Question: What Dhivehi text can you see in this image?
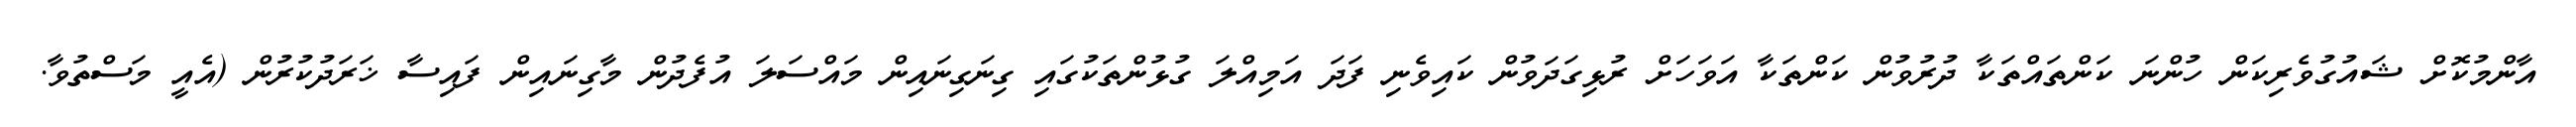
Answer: އާންމުކޮށް ޝައުގުވެރިކަން ހުންނަ ކަންތައްތަކާ ދުރުވުން ކަންތަކާ އަވަހަށް ރުޅިގަދަވުން ކައިވެނި ފަދަ އަމިއްލަ ގުޅުންތަކުގައި ގިނަގިނައިން މައްސަލަ އުފެދުން މާގިނައިން ފައިސާ ޚަރަދުކުރުން (އެއީ މަސްތުވާ.